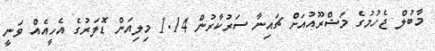
މާބުލް ޖެހުމުގެ މަޝްރޫއުއަށް ޗައިނާ ސަރުކާރުން 1.14 މިލިއަން ޑޮލަރުގެ އެހީއެއް ވަނީ